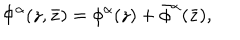
LaTeX: \Phi ^ { \alpha } ( z , \bar { z } ) = \phi ^ { \alpha } ( z ) + \bar { \phi } ^ { \alpha } ( \bar { z } ) ,